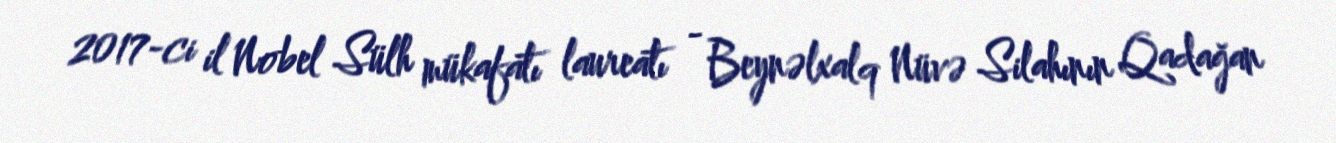
2017-ci il Nobel Sülh mükafatı laureatı - Beynəlxalq Nüvə Silahının Qadağan